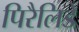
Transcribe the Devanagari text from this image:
पिरैलिडे